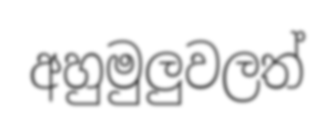
අහුමුලුවලත්